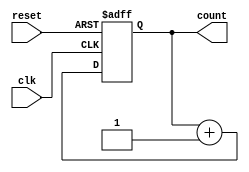
module async_reset_sync_counter(
    input wire clk,         // Clock input
    input wire reset,       // Asynchronous reset input
    output reg [2:0] count  // 3-bit counter output (0 to 7)
);

// Asynchronous reset logic
always @ (posedge clk or posedge reset) begin
    if (reset) begin
        count <= 3'b000; // Reset count to 0
    end else begin
        count <= count + 1; // Increment count on rising edge of clock
    end
end

endmodule